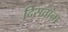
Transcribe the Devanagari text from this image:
दिसतांना